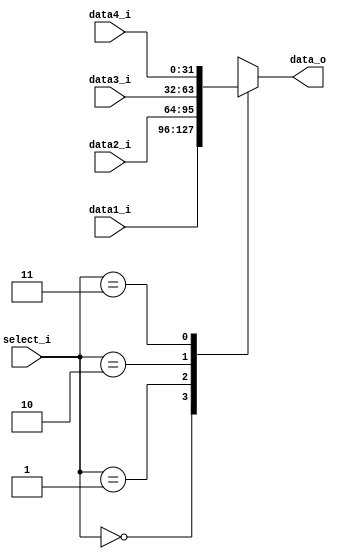
module MUX4to1 (
    data1_i,
    data2_i,
    data3_i,
    data4_i,
    select_i,
    data_o,
);
input       [31:0]  data1_i, data2_i, data3_i, data4_i;
input       [1:0]   select_i;
output reg  [31:0]  data_o;

always@(*) begin
    case (select_i)
        2'b00:
            data_o <= data1_i;
        2'b01:
            data_o <= data2_i;
        2'b10:
            data_o <= data3_i;
        2'b11:
            data_o <= data4_i;
    endcase
end

endmodule